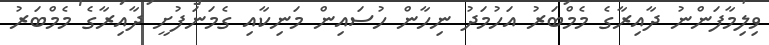
ވިލިމާފަންނު ދާއިރާގެ މެމްބަރު އަހުމަދު ނިހާން ހުސައިން މަނިކާއި ގެމަނަފުށީ ދާއިރާގެ މެމްބަރު